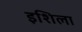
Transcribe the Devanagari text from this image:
इशिला